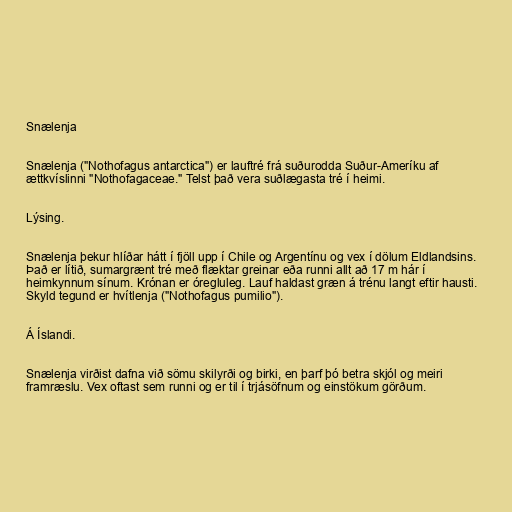
Snælenja

Snælenja ("Nothofagus antarctica") er lauftré frá suðurodda Suður-Ameríku af
ættkvíslinni "Nothofagaceae." Telst það vera suðlægasta tré í heimi.

Lýsing.

Snælenja þekur hlíðar hátt í fjöll upp í Chile og Argentínu og vex í dölum Eldlandsins.
Það er lítið, sumargrænt tré með flæktar greinar eða runni allt að 17 m hár í
heimkynnum sínum. Krónan er óregluleg. Lauf haldast græn á trénu langt eftir hausti.
Skyld tegund er hvítlenja ("Nothofagus pumilio").

Á Íslandi.

Snælenja virðist dafna við sömu skilyrði og birki, en þarf þó betra skjól og meiri
framræslu. Vex oftast sem runni og er til í trjásöfnum og einstökum görðum.